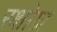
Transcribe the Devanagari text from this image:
रक्षोघ्र